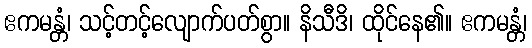
ဧကမန္တံ၊ သင့်တင့်လျောက်ပတ်စွာ။ နိသီဒိ၊ ထိုင်နေ၏။ ဧကမန္တံ၊